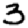
Digit: 3